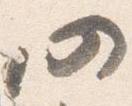
仍